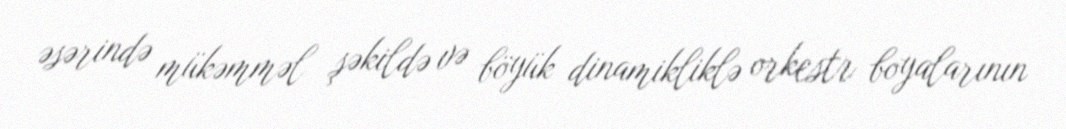
əsərində mükəmməl şəkildə və böyük dinamikliklə orkestr boyalarının